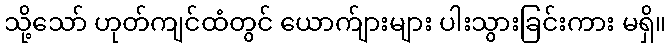
သို့သော် ဟုတ်ကျင်ထံတွင် ယောက်ျားများ ပါးသွားခြင်းကား မရှိ။